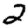
Digit: 2